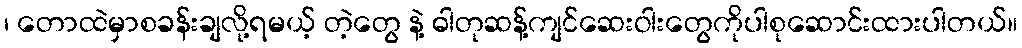
၊ တောထဲမှာစခန်းချလို့ရမယ့် တဲ့တွေ နဲ့ ဓါတုဆန့်ကျင်ဆေးဝါးတွေကိုပါစုဆောင်းထားပါတယ်။